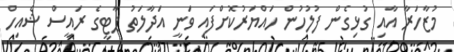
މުޒާހަރާ އާއި ގުޅިގެން ފުލުހުން ހައްޔަރުކޮށްފައި ވަނީ އަދާލަތު ޕާޓީގެ ރައީސް ޝެއިހް